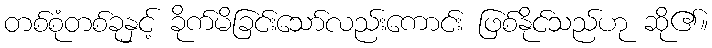
တစ်စုံတစ်ခုနှင့် ခိုက်မိခြင်းသော်လည်းကောင်း ဖြစ်နိုင်သည်ဟု ဆို၏။